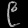
Digit: ၉